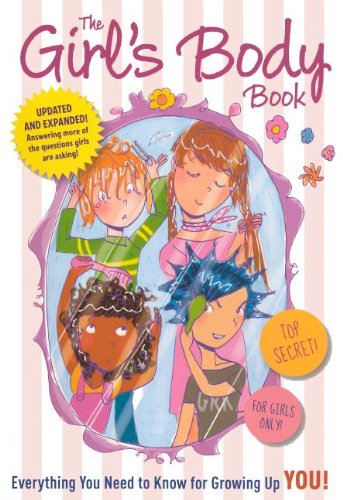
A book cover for The Girl's Body Book: Everything You Need To Know For Growing Up YOU (Turtleback School & Library Binding Edition); Kelli Dunham; Teen & Young Adult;